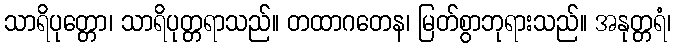
သာရိပုတ္တော၊ သာရိပုတ္တရာသည်။ တထာဂတေန၊ မြတ်စွာဘုရားသည်။ အနုတ္တရံ၊